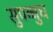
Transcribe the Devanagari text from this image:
सुपब्बुध